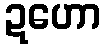
ဍဟော